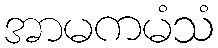
အာမကမံသံ